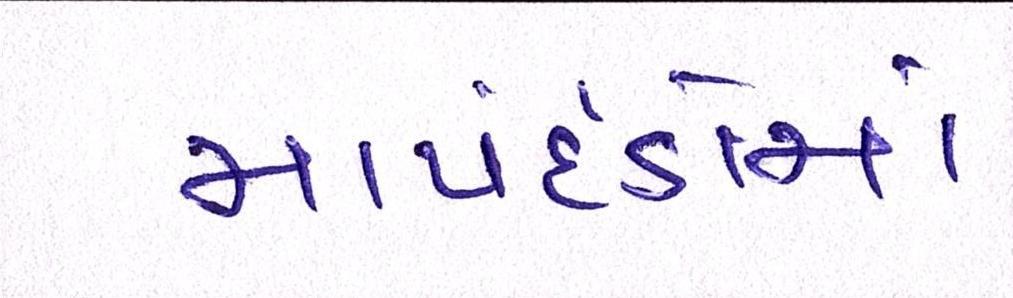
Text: માપદંડોમાં